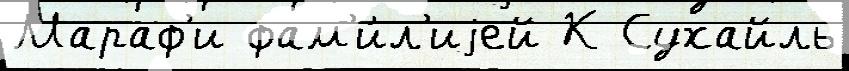
Мараф'и фам'и́л'иjей К Сухайль